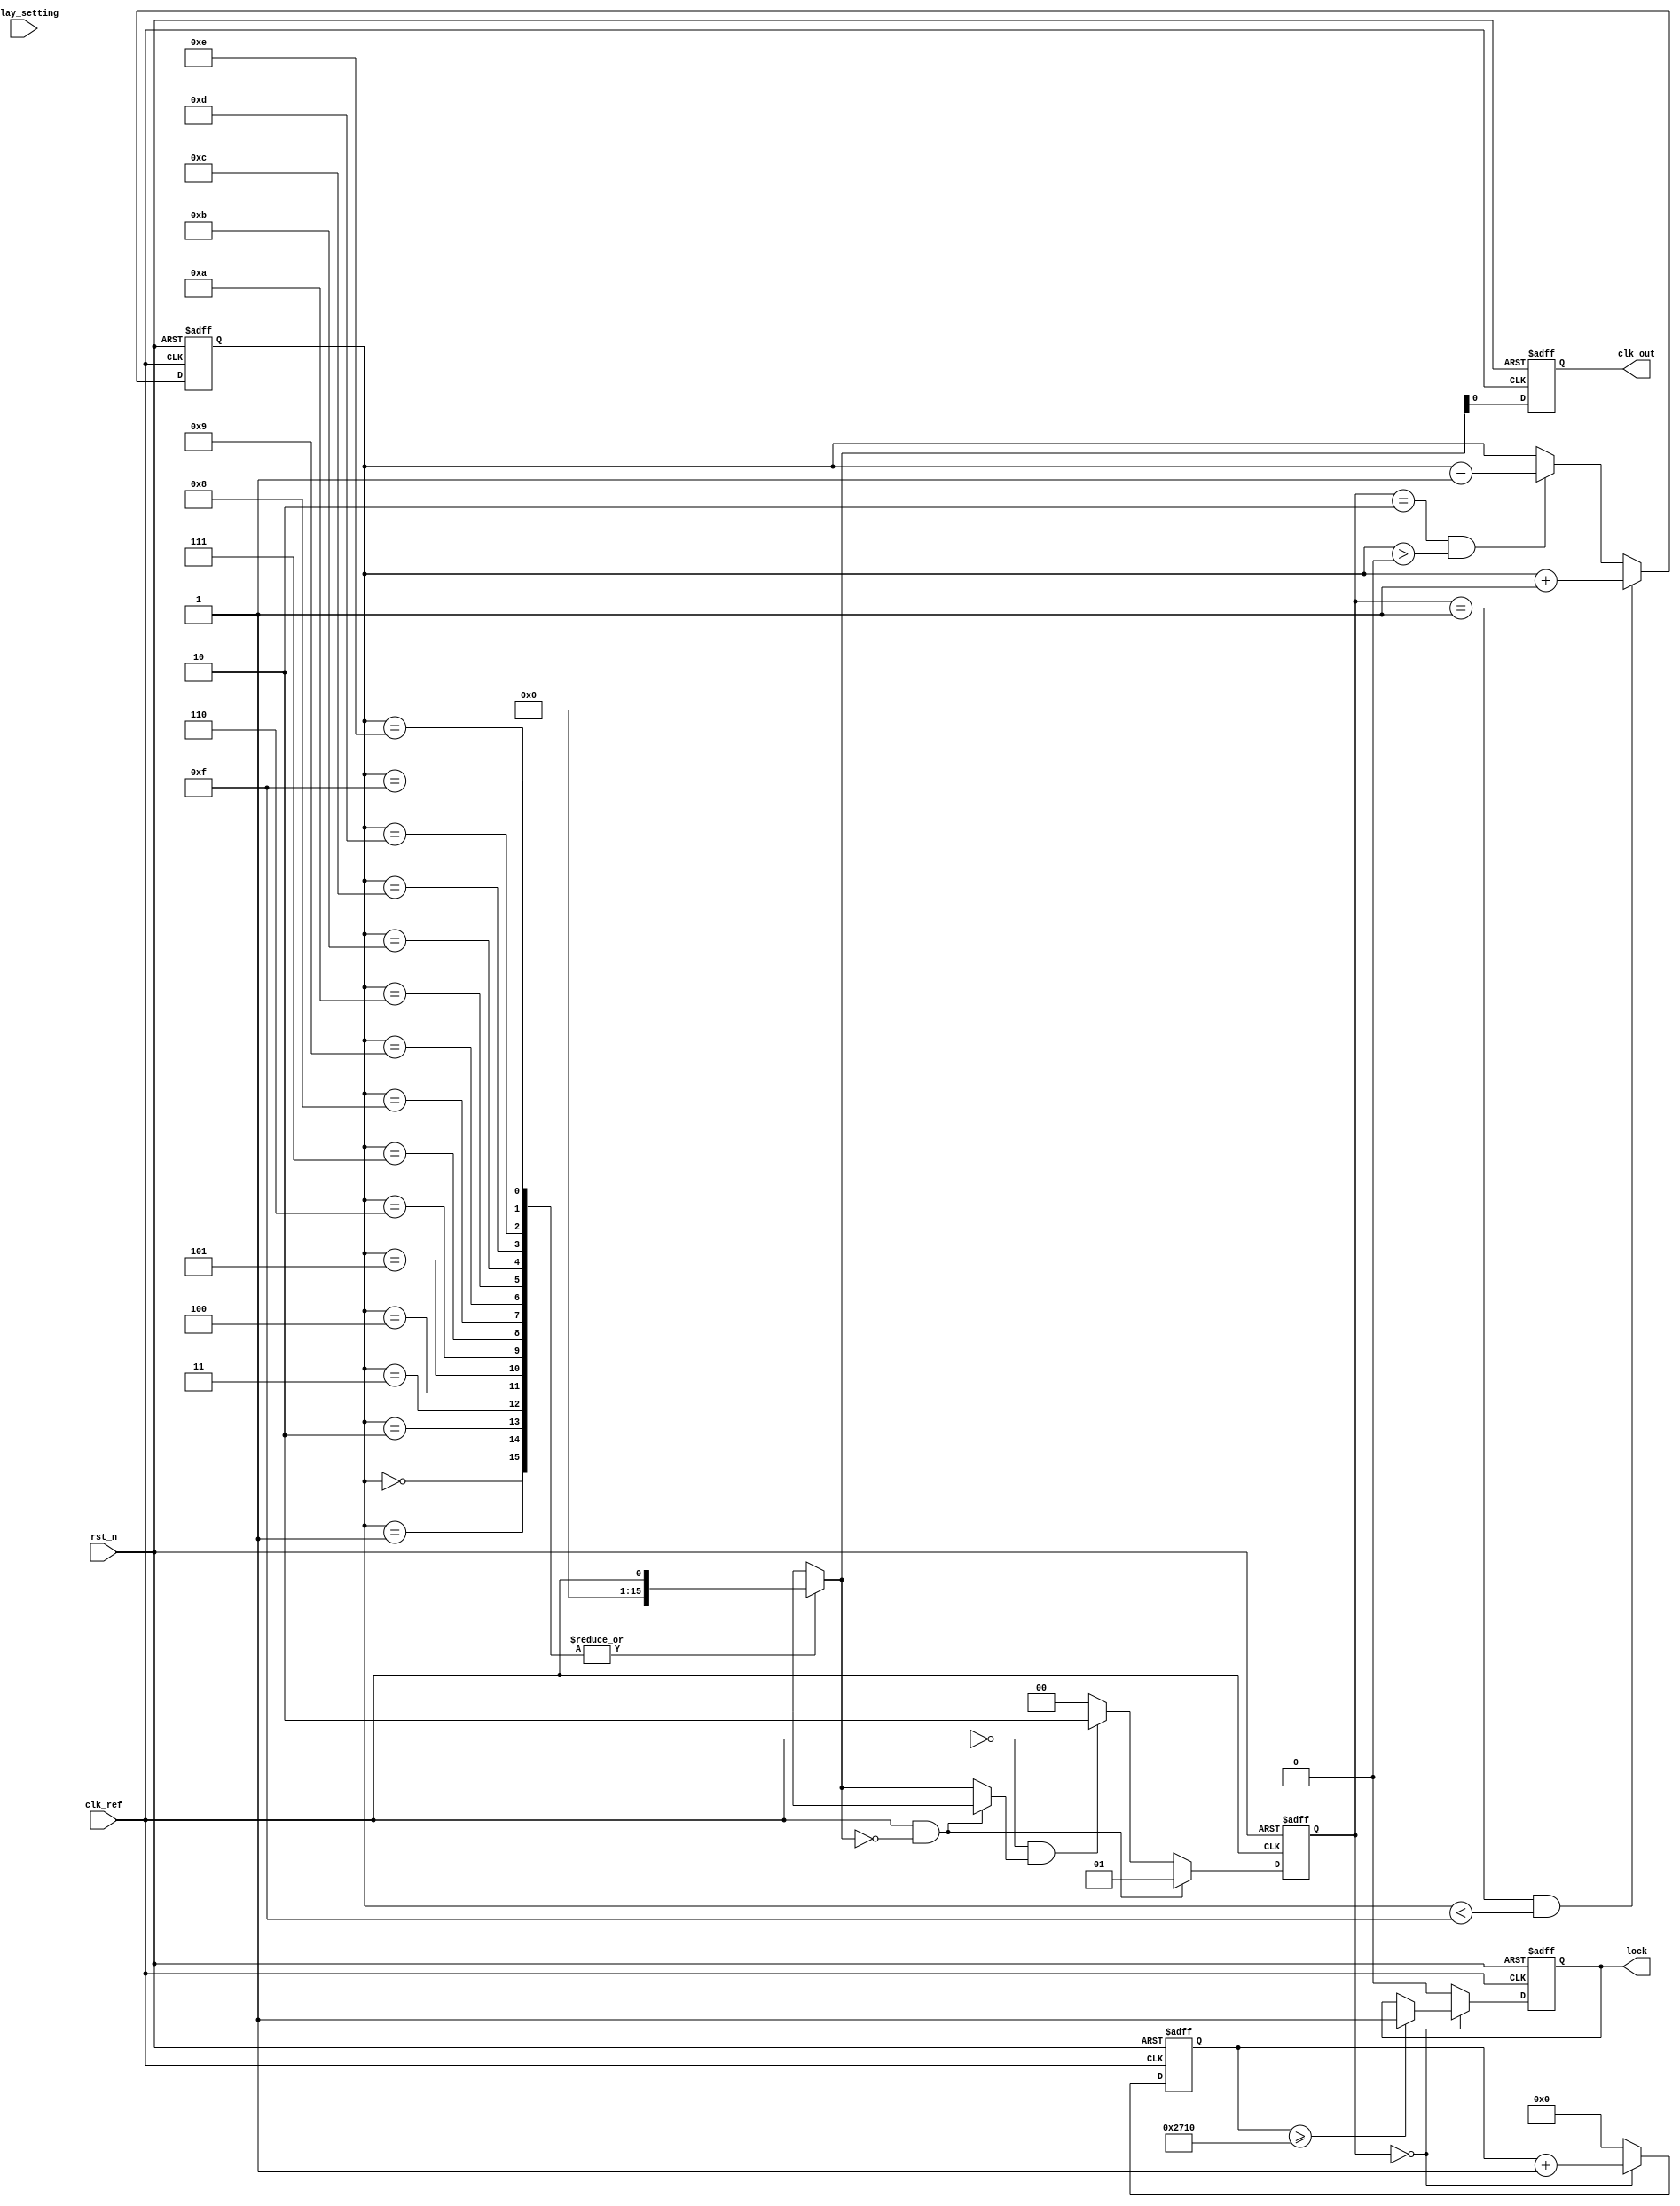
module MemoryBlocksDLL(
    input wire clk_ref,                // Reference Clock Input
    input wire rst_n,                  // Active low Reset Input
    output reg clk_out,                // Output Clock
    output reg lock,                   // Lock Detection Output
    input wire [3:0] delay_setting      // Delay setting inputs (4 bits for 16 stages)
);

    parameter DELAY_STAGES = 16;       // Number of delay stages
    reg [DELAY_STAGES-1:0] delay_line [0:DELAY_STAGES-1]; // Delay Line implementation
    reg [3:0] selected_delay_stage;    // Current selected delay stage
    reg [1:0] phase_error;              // Phase error signal
    reg [31:0] count;                   // Counter for control logic

    // Initialize delay line with buffers or delay cells
    generate
        genvar i;
        for (i = 0; i < DELAY_STAGES; i = i + 1) begin : delay_cells
            assign delay_line[i] = (i == 0) ? clk_ref : delay_line[i - 1] /* some delay logic */;
        end
    endgenerate

    // Phase Detector - Simple phase comparison
    always @(posedge clk_ref or negedge rst_n) begin
        if (!rst_n) begin
            phase_error <= 2'b00;
        end else begin
            // Compare reference clock with delayed clock
            if (clk_ref && !delay_line[selected_delay_stage]) begin
                phase_error <= 2'b01; // Output leading
            end else if (!clk_ref && delay_line[selected_delay_stage]) begin
                phase_error <= 2'b10; // Output lagging
            end else begin
                phase_error <= 2'b00; // Aligned
            end
        end
    end

    // Control Logic - Basic state machine based on phase error
    always @(posedge clk_ref or negedge rst_n) begin
        if (!rst_n) begin
            selected_delay_stage <= 4'b0000;
            count <= 0;
            lock <= 0;
        end else begin
            if (phase_error == 2'b01 && selected_delay_stage < DELAY_STAGES-1) begin
                selected_delay_stage <= selected_delay_stage + 1; // Increase delay
            end else if (phase_error == 2'b10 && selected_delay_stage > 0) begin
                selected_delay_stage <= selected_delay_stage - 1; // Decrease delay
            end

            // Check for lock condition
            if (phase_error == 2'b00) begin
                count <= count + 1; 
                if (count >= 10000) begin // Assume a threshold for lock indication
                    lock <= 1;
                end
            end else begin
                count <= 0;
                lock <= 0;
            end
        end
    end

    // Output Clock Generation
    always @(posedge clk_ref or negedge rst_n) begin
        if (!rst_n) begin
            clk_out <= 0;
        end else begin
            clk_out <= delay_line[selected_delay_stage]; // Drive output clock from delay line
        end
    end

endmodule